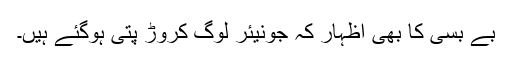
بے بسی کا بھی اظہار کہ جونیئر لوگ کروڑ پتی ہوگئے ہیں۔